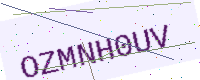
Text: OZMNH0UV